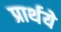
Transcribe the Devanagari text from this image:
प्रार्थये